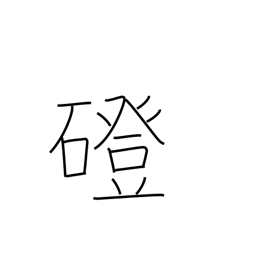
Meaning: stone bridge